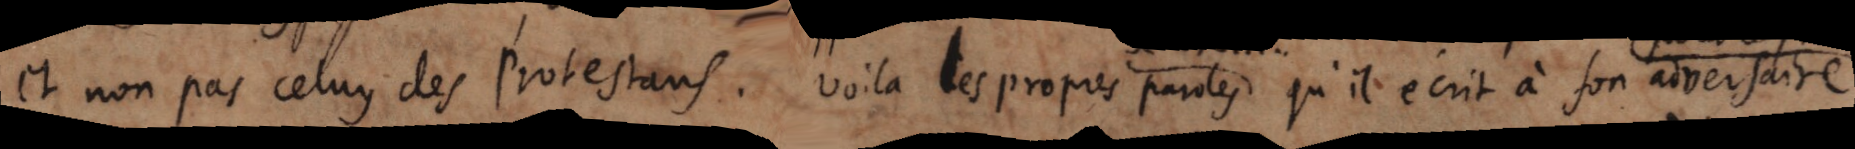
et non pas celuy des protestans. Voila les paroles qu’il écrit à son adversaire